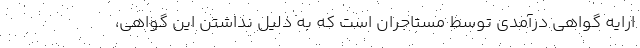
ارایه گواهی درآمدی توسط مستاجران است که به دلیل نداشتن این گواهی،